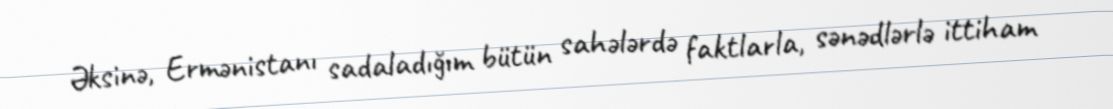
Əksinə, Ermənistanı sadaladığım bütün sahələrdə faktlarla, sənədlərlə ittiham